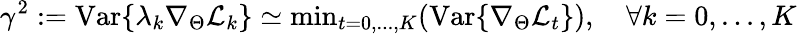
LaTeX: \gamma^{2}:=\mathrm{Var}\{ \lambda_{k}\nabla_{\Theta}\mathcal{L}_{k}\} \simeq\mathrm{min}_{t=0,...,K}(\mathrm{Var}\{ \nabla_{\Theta}\mathcal{L}_{t}\} ),\quad\forall k=0,...,K